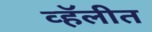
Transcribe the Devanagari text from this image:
व्हॅलीत